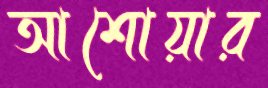
আশোয়ার